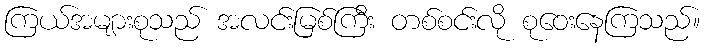
ကြယ်အများစုသည် အလင်းမြစ်ကြီး တစ်စင်းလို စုဝေးနေကြသည်။